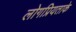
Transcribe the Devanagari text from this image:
लोगप्रियताके